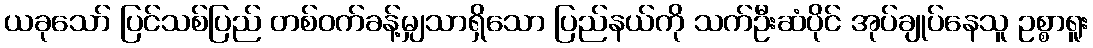
ယခုသော် ပြင်သစ်ပြည် တစ်ဝက်ခန့်မျှသာရှိသော ပြည်နယ်ကို သက်ဦးဆံပိုင် အုပ်ချုပ်နေသူ ဥစ္စာရူး